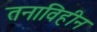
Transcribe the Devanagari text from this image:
तनाविहीन